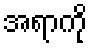
အရာကို